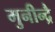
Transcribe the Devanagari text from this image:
मुनीन्द्रै